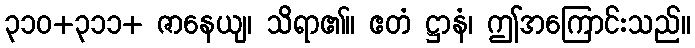
၃၁၀+၃၁၁+ ဇာနေယျ၊ သိရာ၏။ ဧတံ ဋ္ဌာနံ၊ ဤအကြောင်းသည်။